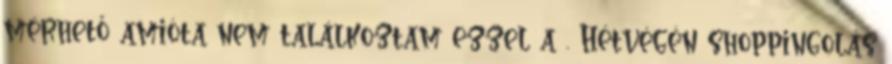
mérhető amióta nem találkoztam ezzel a . Hétvégén shoppingolás